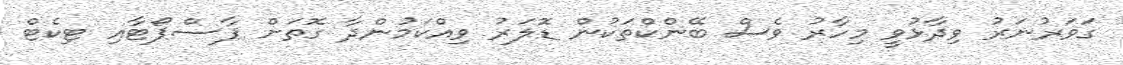
ގަވަރުނަރު ވިދާޅުވީ މިހާރު ވެސް ބޭންކްތަކުން ޑޮލަރު ވިއްކަމުންދާ ގޮތަށް ޕާސްޕޯޓާއި ޓިކެޓް